Civil Veterinary Department. United Provinces 1932-42 - 1932-1942
Year: 1932
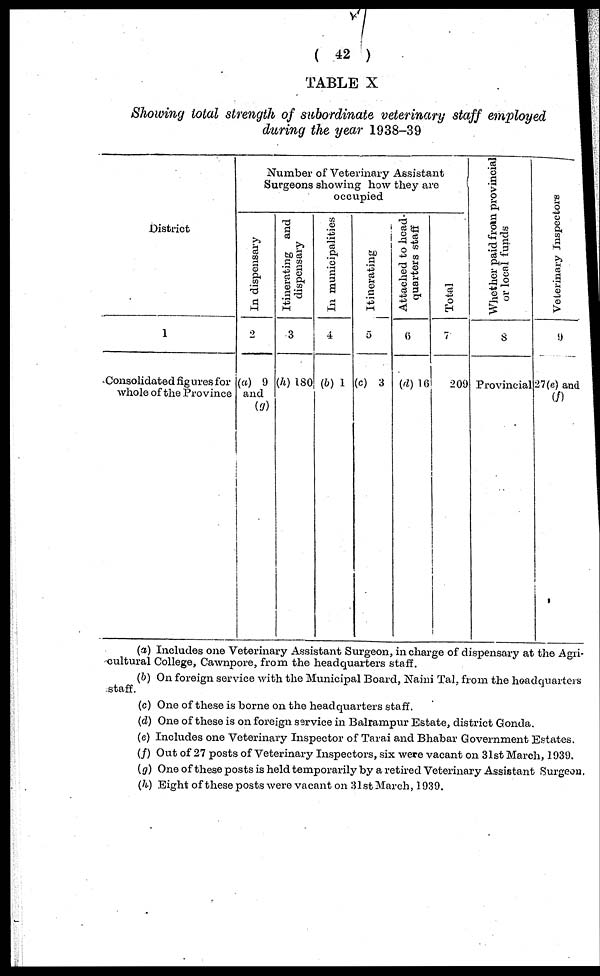
( 42 )
TABLE X
Showing total strength of subordinate veterinary staff employed
during the year 1938-39
District
1
Consolidated figures for
whole of the Province
Number of Veterinary Assistant
Surgeons showing how they are
occupied
In dispensary
2
(a) 9
and
(g)
Itinerating and
dispensary
3
(h) 180
In municipalities
4
(b) 1
Itinerating
5
(c) 3
Attached to head-
quarters staff
6
(d) 16
Total
7
209
Whether paid from provincial
or local funds
8
Provincial
Veterinary Inspectors
9
27(e) and
(f)
(a) Includes one Veterinary Assistant Surgeon, in charge of dispensary at the Agri-
cultural College, Cawnpore, from the headquarters staff.
(b) On foreign service with the Municipal Board, Naini Tal, from the headquarters
staff.
(c) One of these is borne on the headquarters staff.
(d) One of these is on foreign service in Balrampur Estate, district Gonda.
(e) Includes one Veterinary Inspector of Tarai and Bhabar Government Estates.
(f) Out of 27 posts of Veterinary Inspectors, six were vacant on 31st March, 1939.
(g) One of these posts is held temporarily by a retired Veterinary Assistant Surgeon.
(h) Eight of these posts were vacant on 31st March, 1939.